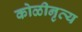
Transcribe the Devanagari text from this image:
कोळीनृत्य